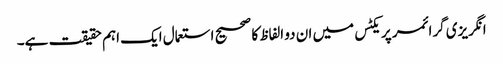
انگریزی گرائمر پریکٹس میں ان دو الفاظ کا صحیح استعمال ایک اہم حقیقت ہے۔